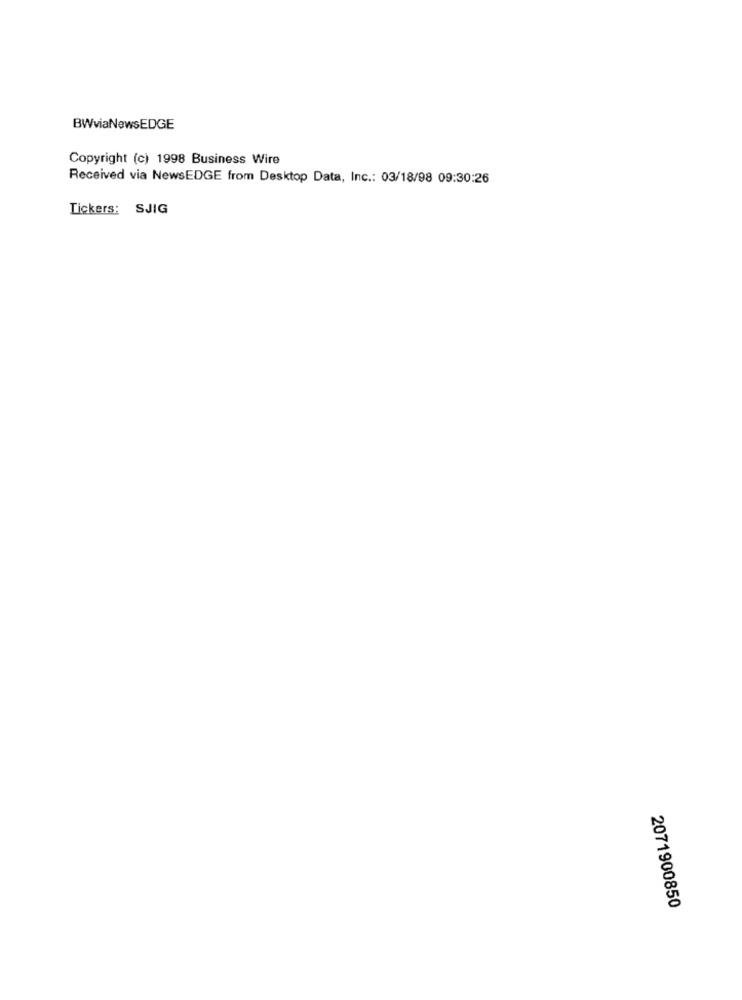
BWviaNewsEDGE
Copyright (c) 1998 Business Wire
Received via NewsEDGE from Desktop Data, Inc .: 03/18/98 09:30:26
Tickers: SJIG
2071900850